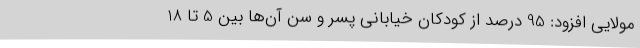
مولایی افزود: 95 درصد از کودکان خیابانی پسر و سن آن‌ها بین 5 تا 18